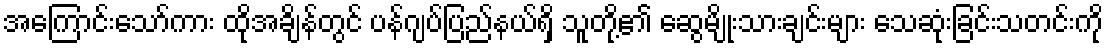
အကြောင်းသော်ကား ထိုအချိန်တွင် ပန်ဂျပ်ပြည်နယ်ရှိ သူတို့၏ ဆွေမျိုးသားချင်းများ သေဆုံးခြင်းသတင်းကို